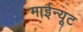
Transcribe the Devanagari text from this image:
माईन्यूट